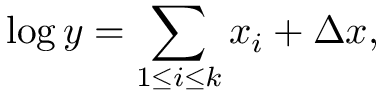
\log y = \sum _ { 1 \leq i \leq k } x _ { i } + \Delta x ,